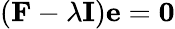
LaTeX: ({\mathbf F}-\lambda{\mathbf I}){\mathbf e}={\mathbf 0}